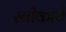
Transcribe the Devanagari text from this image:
स्‍वीकार्य